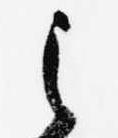
之